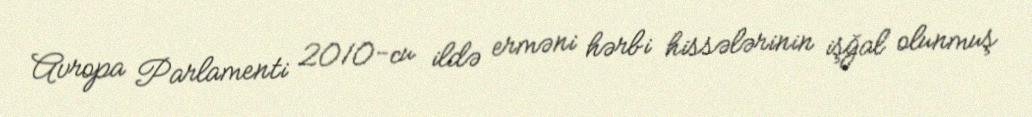
Avropa Parlamenti 2010-cu ildə erməni hərbi hissələrinin işğal olunmuş